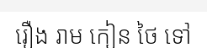
រឿង រាម កៀន ថៃ ទៅ